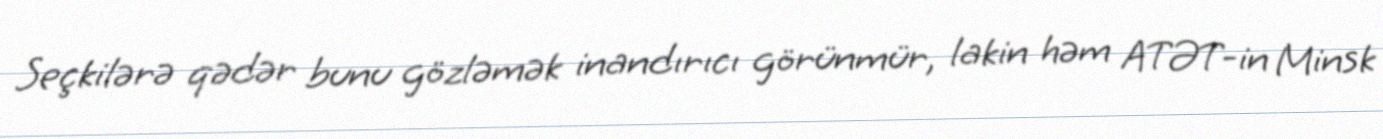
Seçkilərə qədər bunu gözləmək inandırıcı görünmür, lakin həm ATƏT-in Minsk